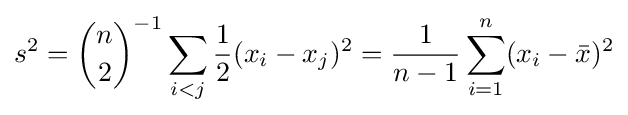
s^{2}={n \choose 2}^{-1}\sum _{i<j}{\frac {1}{2}}(x_{i}-x_{j})^{2}={\frac {1}{n-1}}\sum _{i=1}^{n}(x_{i}-{\bar {x}})^{2}